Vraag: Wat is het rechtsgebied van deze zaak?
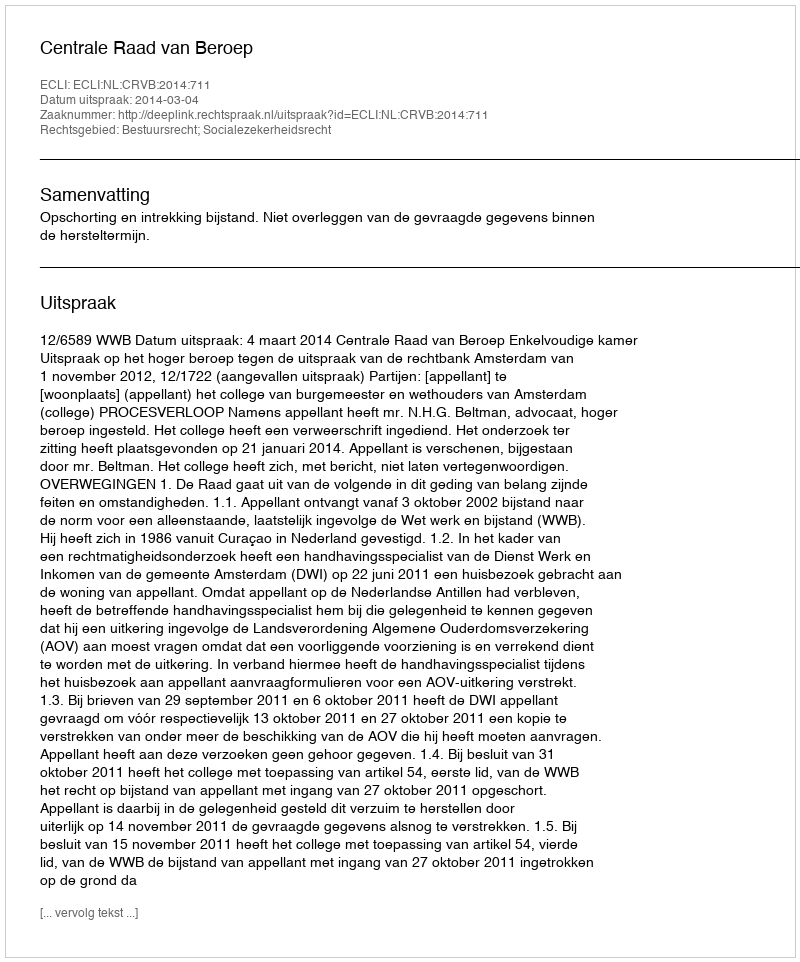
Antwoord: Bestuursrecht; Socialezekerheidsrecht